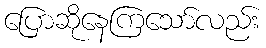
ပြောဆိုနေကြသော်လည်း